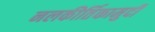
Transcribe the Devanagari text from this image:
नलकीर्तिकामुदी